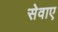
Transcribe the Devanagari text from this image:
सेवाएॅं